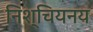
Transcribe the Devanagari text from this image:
निश्चियनय